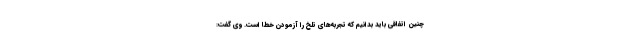
چنین اتفاقی باید بدانیم که تجربه‌های تلخ را آزمودن خطا است. وی گفت: